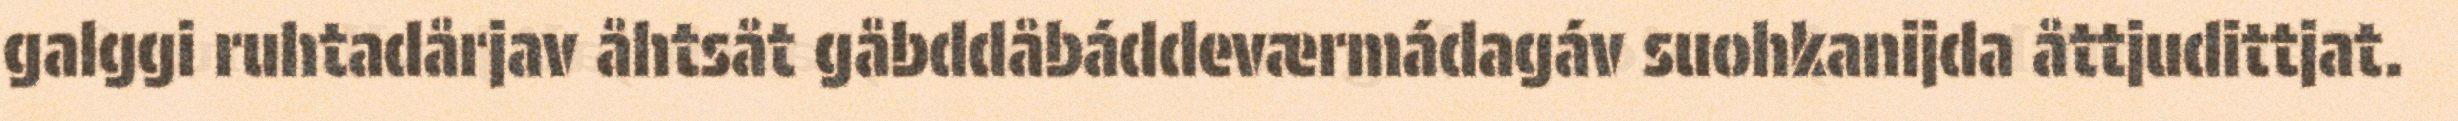
galggi ruhtadårjav åhtsåt gåbddåbáddeværmádagáv suohkanijda åttjudittjat.